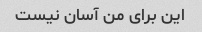
این برای من آسان نیست